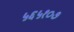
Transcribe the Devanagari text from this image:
५६५१०७